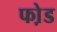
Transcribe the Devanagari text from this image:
फो़ड